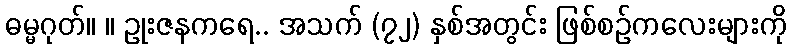
ဓမ္မဂုတ်။ ။ ဥုးဇနကရေ.. အသက် (၇၂) နှစ်အတွင်း ဖြစ်စဉ်ကလေးများကို